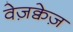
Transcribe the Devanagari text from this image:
वेज़क्वेज़